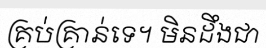
គ្រប់គ្រាន់ទេ។ មិនដឹងជា